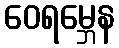
ဝေရမ္ဘေန